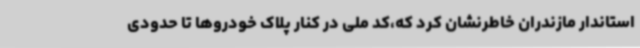
استاندار مازندران خاطرنشان کرد که،کد ملی در کنار پلاک خودروها تا حدودی